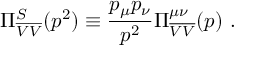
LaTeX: \Pi _ { \overline { { { \cal V } } } \overline { { { V } } } } ^ { S } ( p ^ { 2 } ) \equiv \frac { p _ { \mu } p _ { \nu } } { p ^ { 2 } } \Pi _ { \overline { { { \cal V } } } \overline { { { V } } } } ^ { \mu \nu } ( p ) \ .